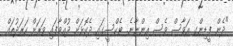
"ދެން ފީޑިންގ އަވާސް ވެސް އިންނާނެ. ޓެކްސީގައި ދެކޮޅަށް ދުއްވާފައި ވަރަށް ހަރަދުތައް